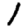
Digit: 1